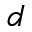
d